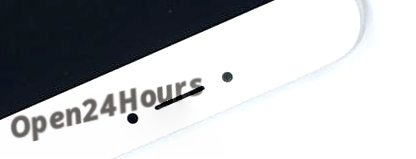
Open24Hours